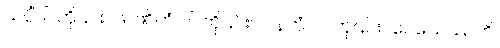
သပ္ပိံဝါ၊ ကို၎င်း။ ဖာဏိတံ ဝါ၊ ကို၎င်း။ ပါနကံ ဝါ၊ ကို၎င်း။ ပေသေဿတိ၊